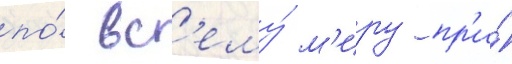
по́ вс'ему́ м'иру пр'и́